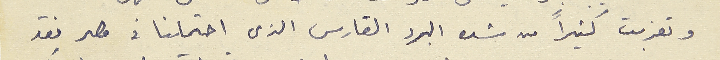
وتعذبت كثيراً من شده البرد القارس الذي احتملنا فى مصر فقد